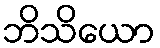
ဘိသိယော